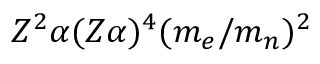
Z ^ { 2 } \alpha ( Z \alpha ) ^ { 4 } ( m _ { e } / m _ { n } ) ^ { 2 }